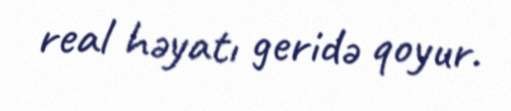
real həyatı geridə qoyur.